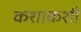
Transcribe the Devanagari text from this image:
कशाकशी